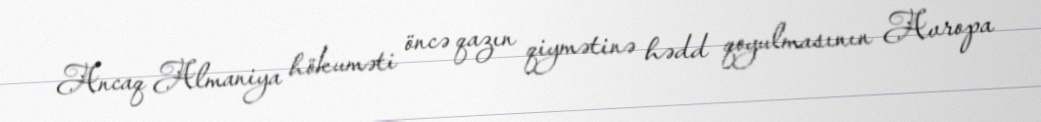
Ancaq Almaniya hökuməti öncə qazın qiymətinə hədd qoyulmasının Avropa